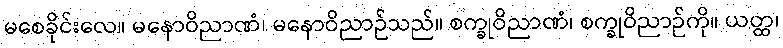
မစေခိုင်းလေ။ မနောဝိညာဏံ၊ မနောဝိညာဉ်သည်။ စက္ခုဝိညာဏံ၊ စက္ခုဝိညာဉ်ကို။ ယတ္ထ၊